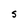
Character: S